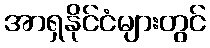
အာရှနိုင်ငံများတွင်